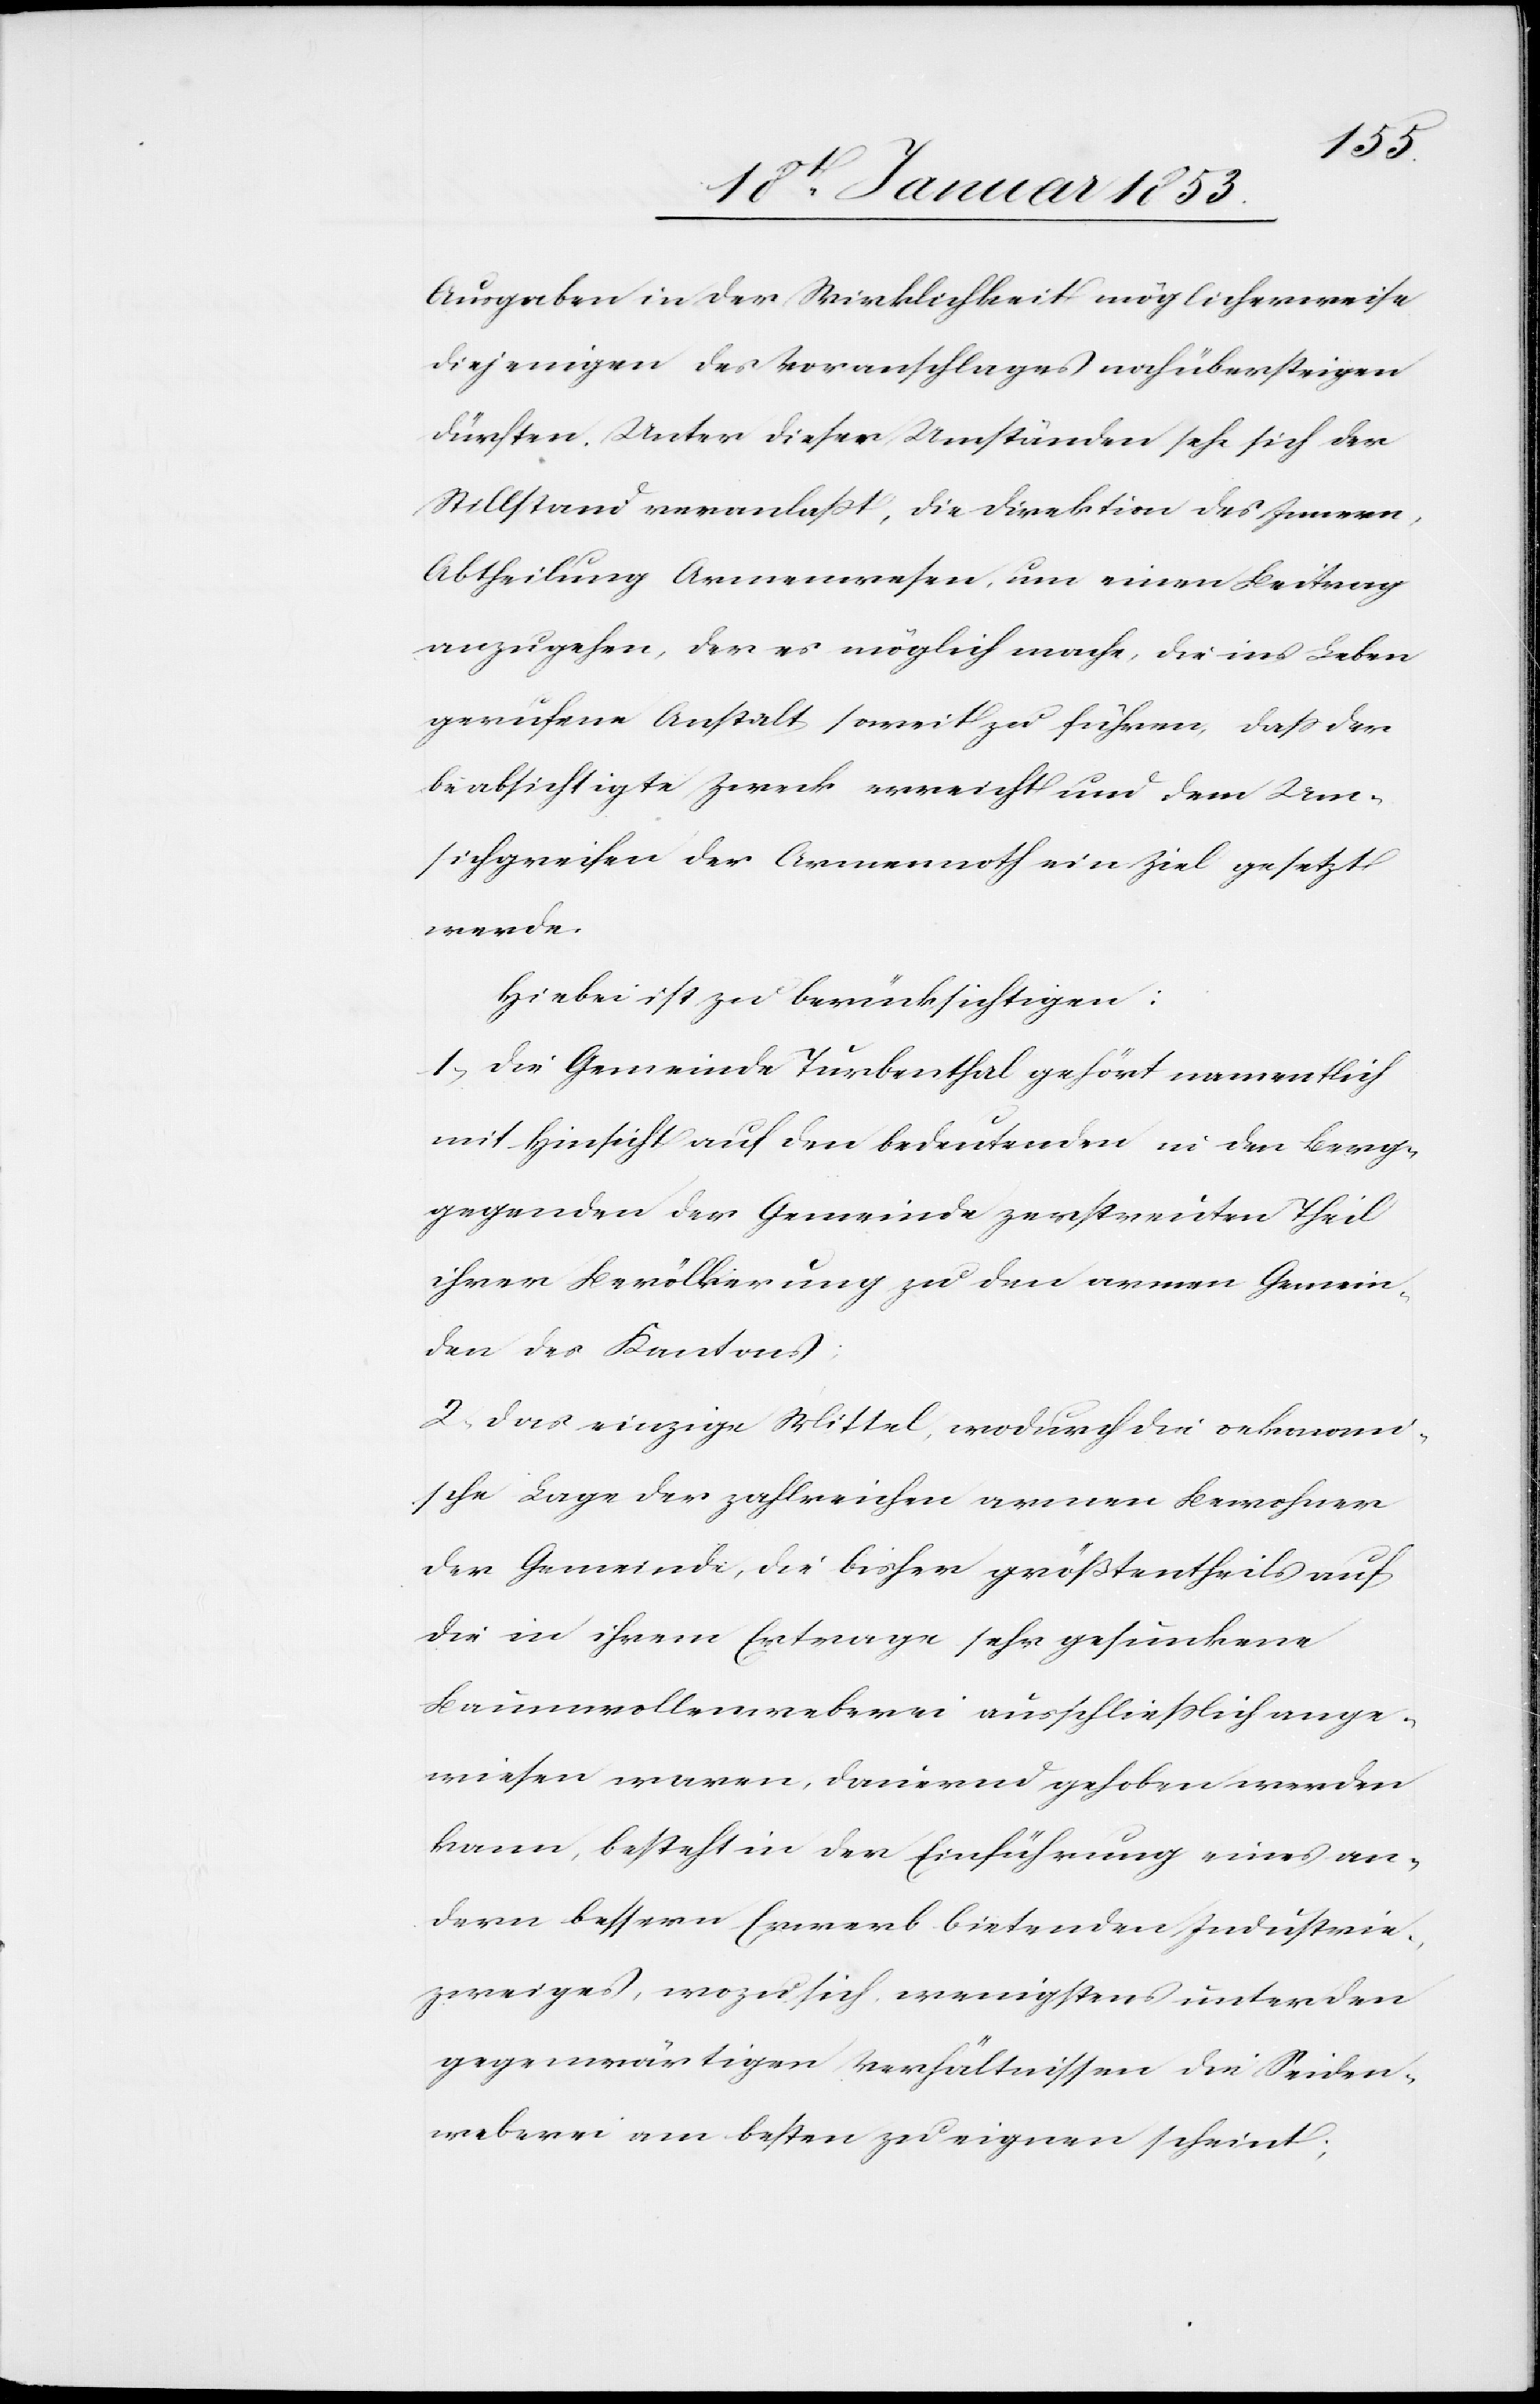
Ausgaben in der Wirklichkeit möglicherweise
diejenigen des Voranschlages noch übersteigen
dürften. Unter diesen Umständen sehe sich der
Stillstand veranlaßt, die Direktion des Innern,
Abtheilung Armenwesen, um einen Beitrag
anzugehen, der es möglich mache, die ins Leben
gerufene Anstalt soweit zu führen, daß der
beabsichtigte Zweck erreicht und dem Um¬
sichgreifen der Armennoth ein Ziel gesetzt
werde.
Hiebei ist zu berücksichtigen:
1. Die Gemeinde Turbenthal gehört namentlich
mit Hinsicht auf den bedeutenden in den Berg¬
gegenden der Gemeinde zerstreuten Theil
ihrer Bevölkerung zu den armen Gemein¬
den des Kantons.
2. Das einzige Mittel, wodurch die oekonomi¬
sche Lage der zahlreichen armen Bewohner
der Gemeinde, die bisher größtentheils auf
die in ihrem Ertrage sehr gesunkene
Baumwollenweberei ausschließlich ange¬
wiesen waren, dringend gehoben werden
kann, besteht in der Einführung eines an¬
dern bessern Erwerb bietenden Industrie¬
zweiges, wozu sich, wenigstens unter den
gegenwärtigen Verhältnissen die Seiden¬
weberei am besten zu eignen scheint;